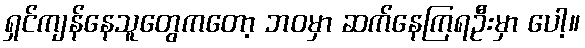
ရှင်ကျန်နေသူတွေကတော့ ဘဝမှာ ဆက်နေကြရဦးမှာ ပေါ့။